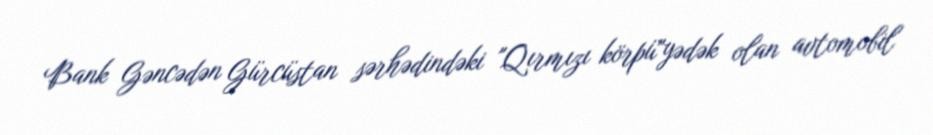
Bank Gəncədən Gürcüstan sərhədindəki "Qırmızı körpü"yədək olan avtomobil